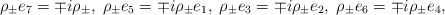
\begin{align*}\rho_{\pm}e_{7}=\mp i\rho_{\pm}, \; \rho_{\pm}e_{5}=\mp i\rho_{\pm}e_{1}, \;\rho_{\pm}e_{3}=\mp i\rho_{\pm}e_{2}, \; \rho_{\pm}e_{6}=\mp i\rho_{\pm}e_{4},\end{align*}